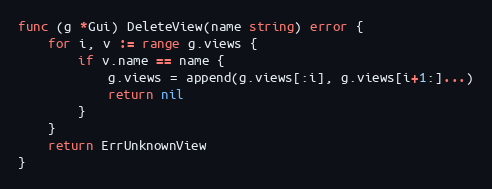
Language: Go
func (g *Gui) DeleteView(name string) error {
	for i, v := range g.views {
		if v.name == name {
			g.views = append(g.views[:i], g.views[i+1:]...)
			return nil
		}
	}
	return ErrUnknownView
}